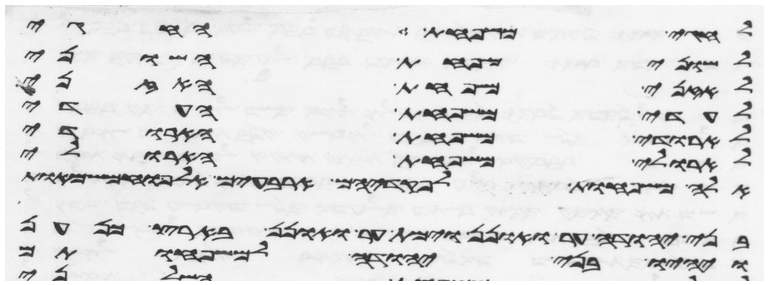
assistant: לחגי משפחת החגי
לשוני משפחת השוני
לאזני משפחת האזני
לעדי משפחת העדי
לארודי משפחת הארודי
לארולי משפחת הארולי
אלה משפחות גד לפקדיהם ארבעים אלף וחמש מאות
בני יהודה ער ואונן וימת ער ואונן בארץ כנען
ויהיו בני יהודה למשפחותם